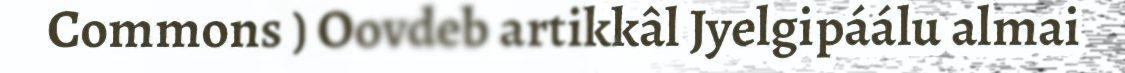
Commons ) Oovdeb artikkâl Jyelgipáálu almai